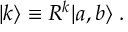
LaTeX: | k \rangle \equiv { \cal R } ^ { k } | a , b \rangle \; .